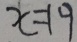
x = 1 9